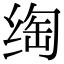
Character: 绹